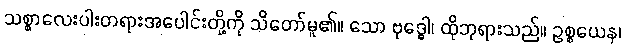
သစ္စာလေးပါးတရားအပေါင်းတို့ကို သိတော်မူ၏။ သော ဗုဒ္ဓေါ၊ ထိုဘုရားသည်။ ဥစ္စယေန၊